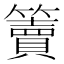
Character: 𥶦